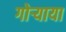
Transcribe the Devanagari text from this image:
गोऱ्याया